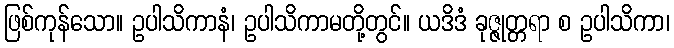
ဖြစ်ကုန်သော။ ဥပါသိကာနံ၊ ဥပါသိကာမတို့တွင်။ ယဒိဒံ ခုဇ္ဇုတ္တရာ စ ဥပါသိကာ၊